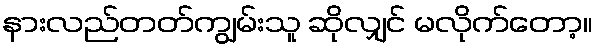
နားလည်တတ်ကျွမ်းသူ ဆိုလျှင် မလိုက်တော့။